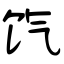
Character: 饩